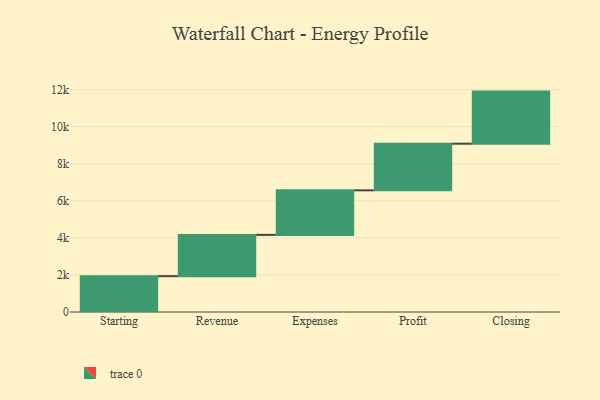
{"axis": {"x": "Step", "y": "Value"}, "legend": [""], "data": [{"x": "Starting", "y": 1933.0, "type": ""}, {"x": "Revenue", "y": 2227.0, "type": ""}, {"x": "Expenses", "y": 2404.0, "type": ""}, {"x": "Profit", "y": 2515.0, "type": ""}, {"x": "Closing", "y": 2810.0, "type": ""}]}